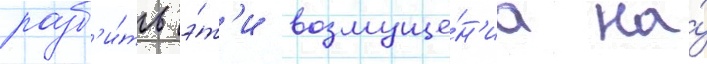
разб'и́ть э́т'и возмуще́н'иа на́